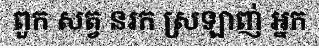
ពួក សត្វ នរក ស្រឡាញ់ អ្នក